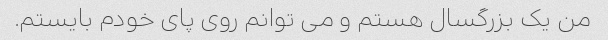
من یک بزرگسال هستم و می توانم روی پای خودم بایستم.